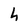
Character: h